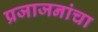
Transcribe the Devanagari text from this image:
प्रजाजनांचा